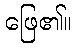
ဖြေ၏။